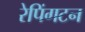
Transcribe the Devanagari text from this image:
रेपिंगटन